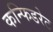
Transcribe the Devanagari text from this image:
कन्फिडरेट